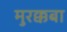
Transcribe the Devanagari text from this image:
मुरक्कबा